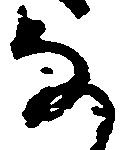
な